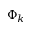
\Phi _ { k }